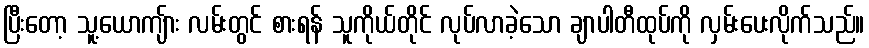
ပြီးတော့ သူ့ယောကျ်ား လမ်းတွင် စားရန် သူကိုယ်တိုင် လုပ်လာခဲ့သော ချာပါတီထုပ်ကို လှမ်းပေးလိုက်သည်။